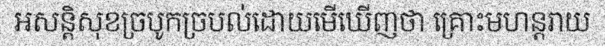
អសន្តិសុខច្របូកច្របល់ដោយមើឃើញថា គ្រោះមហន្តរាយ